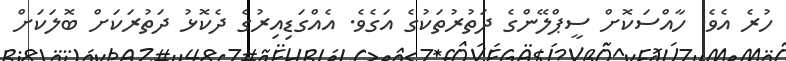
ހުރެ އެވެ. ހާއްސަކޮށް ސީޕްލޭންގެ ދަތުރުތަކުގެ އަގެވެ. އެއްގަޑިއިރުގެ ދެކޮޅު ދަތުރަކަށް ބޮލަކަށް